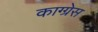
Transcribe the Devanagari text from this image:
काग्ग्रेस